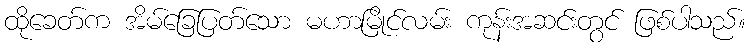
ထိုခေတ်က အိမ်ခြေပြတ်သော မဟာမြိုင်လမ်း ကုန်းအဆင်းတွင် ဖြစ်ပါသည်။